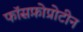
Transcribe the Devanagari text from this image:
फॉसफ़ोप्रोटीन